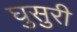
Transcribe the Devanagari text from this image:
घुसुरी